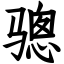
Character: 骢